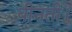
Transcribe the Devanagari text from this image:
बीनती।